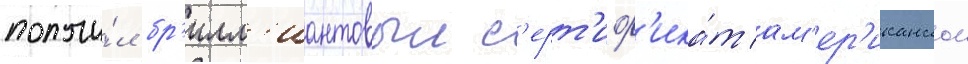
получи́л бр'илл'иантовыи с'ерт'иф'ика́т ам'ер'иканскои